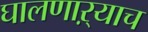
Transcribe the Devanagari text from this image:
घालणाऱ्याच